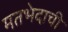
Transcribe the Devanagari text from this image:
मतभेदाची